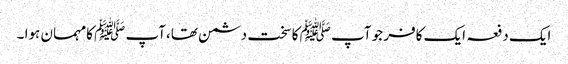
ایک دفعہ ایک کافر جو آپ ﷺ کا سخت دشمن تھا،آپ ﷺ کامہمان ہوا ۔